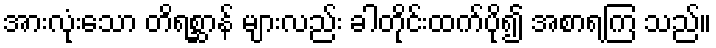
အားလုံးသော တိရစ္ဆာန် များလည်း ခါတိုင်းထက်ပို၍ အစာရကြ သည်။